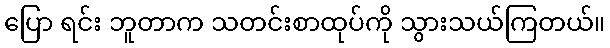
ပြော ရင်း ဘူတာက သတင်းစာထုပ်ကို သွားသယ်ကြတယ်။